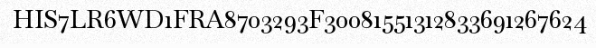
HIS7LR6WD1FRA8703293F30081551312833691267624